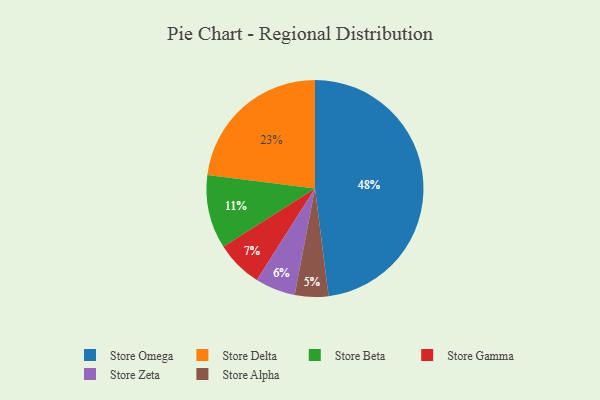
{"axis": {"x": "Category", "y": "Percentage"}, "legend": ["Store Alpha", "Store Beta", "Store Delta", "Store Gamma", "Store Omega", "Store Zeta"], "data": [{"x": "Store Omega", "y": 48, "type": "Store Omega"}, {"x": "Store Delta", "y": 23, "type": "Store Delta"}, {"x": "Store Beta", "y": 11, "type": "Store Beta"}, {"x": "Store Gamma", "y": 7, "type": "Store Gamma"}, {"x": "Store Alpha", "y": 5, "type": "Store Alpha"}, {"x": "Store Zeta", "y": 6, "type": "Store Zeta"}]}